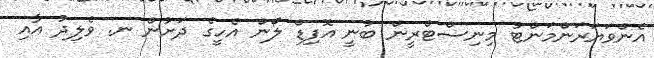
އެންވަަޔަރަންމަންޓު މިނިސްޓްރީން ބުނީ އޮފިޑް ލޯން އެހީގެ ދަށުން ނ. ވެލިދު އާއި